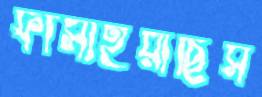
ফাঁসাইয়াছিস